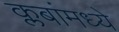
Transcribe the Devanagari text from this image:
क्लबांमध्ये